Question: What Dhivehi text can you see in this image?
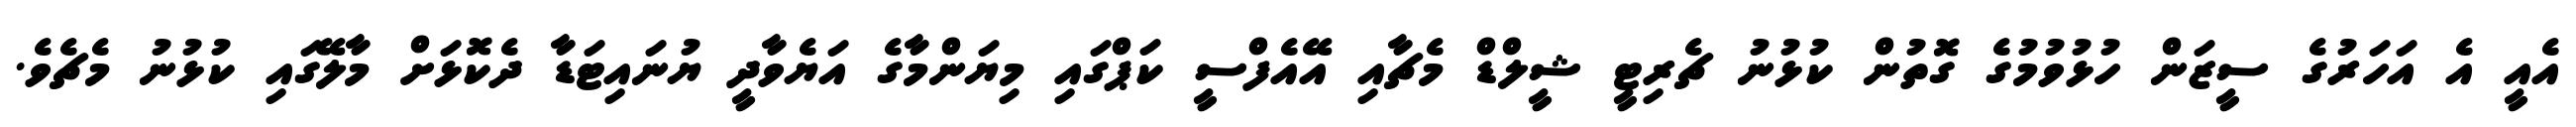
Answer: އެއީ އެ އަހަރުގެ ސީޒަން ހުޅުވުމުގެ ގޮތުން ކުޅުނު ޗެރިޓީ ޝީލްޑް މެޗާއި އޭއެފްސީ ކަޕްގައި މިޔަންމާގެ އަޔެވާދީ ޔުނައިޓަޑާ ދެކޮޅަށް މާލޭގައި ކުޅުނު މެޗެވެ.